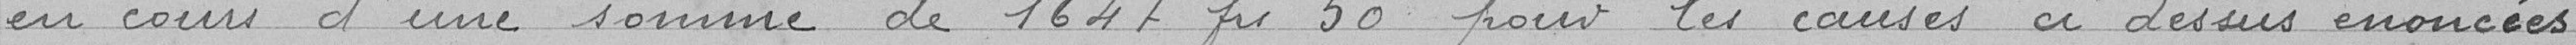
en cours d'une somme de 1.647,50 francs pour les causes ci-dessus énoncées